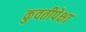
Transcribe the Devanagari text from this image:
कुवतीपेक्षा